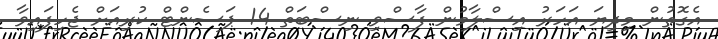
އެގޮތުން މިދިޔަ އަހަރު އިސްލާމުން ފާސްވި ނިސްބަތް 14 ޕަސެންޓް ކުރިއަށް ޖެހިފައިވާ